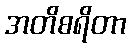
အတိစရိတာ